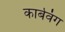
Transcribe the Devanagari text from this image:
कार्बवंग